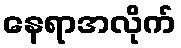
နေရာအလိုက်